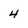
Character: 4